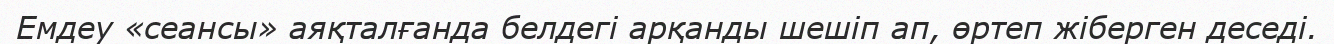
Емдеу «сеансы» аяқталғанда белдегі арқанды шешіп ап, өртеп жіберген деседі.